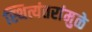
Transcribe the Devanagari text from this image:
स्थित्यंतरांमुळे